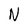
Character: N